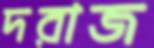
দরাজ